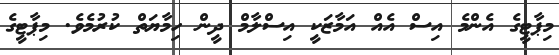
މިޕާޓީގެ އެންމެ އިސް އެއް އަމާޒަކީ އިސްލާމް ދީން ހިމާޔަތް ކުރުމެވެ. މިޕާޓީގެ